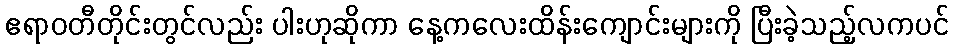
ဧရာဝတီတိုင်းတွင်လည်း ပါးဟုဆိုကာ နေ့ကလေးထိန်းကျောင်းများကို ပြီးခဲ့သည့်လကပင်